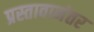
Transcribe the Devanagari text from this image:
प्रस्तावानंतर